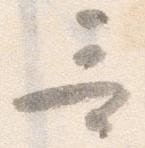
哥